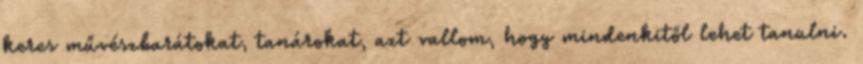
keres művészbarátokat, tanárokat, azt vallom, hogy mindenkitől lehet tanulni.